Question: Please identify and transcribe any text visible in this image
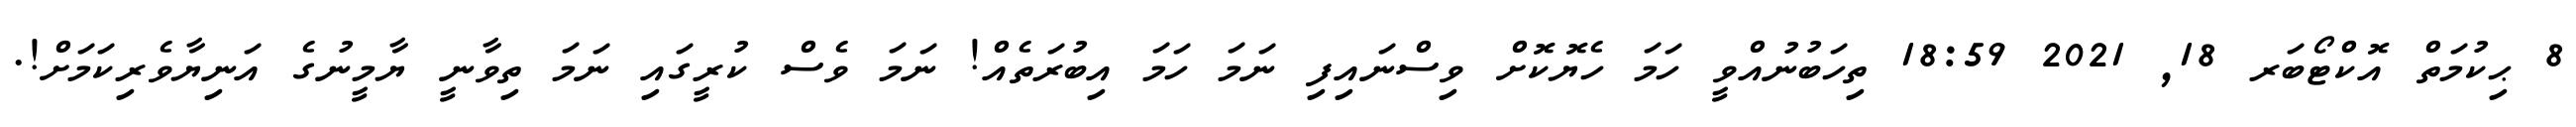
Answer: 8 ޙިކުމަތް އޮކްޓޯބަރ 18, 2021 18:59 ތިހަބުނުއްވީ ހަމަ ހެޔޮކޮށް ވިސްނައިފި ނަމަ ހަމަ އިބުރަތެއް! ނަމަ ވެސް ކުރީގައި ނަމަ ތިވާނީ ޔާމީނުގެ އަނިޔާވެރިކަމަށް!.